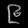
Digit: ၉